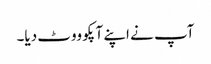
آپ نے اپنے آپکو ووٹ دیا۔